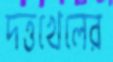
দত্তখেলের